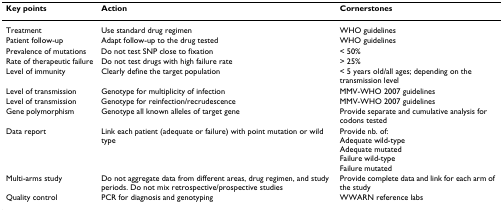
<table><thead><tr><td><b>Key points</b></td><td><b>Action</b></td><td><b>Cornerstones</b></td></tr></thead><tbody><tr><td>Treatment</td><td>Use standard drug regimen</td><td>WHO guidelines</td></tr><tr><td>Patient follow-up</td><td>Adapt follow-up to the drug tested</td><td>WHO guidelines</td></tr><tr><td>Prevalence of mutations</td><td>Do not test SNP close to fixation</td><td>&lt; 50%</td></tr><tr><td>Rate of therapeutic failure</td><td>Do not test drugs with high failure rate</td><td>&gt; 25%</td></tr><tr><td>Level of immunity</td><td>Clearly define the target population</td><td>&lt; 5 years old/all ages; depending on the transmission level</td></tr><tr><td>Level of transmission</td><td>Genotype for multiplicity of infection</td><td>MMV-WHO 2007 guidelines</td></tr><tr><td>Level of transmission</td><td>Genotype for reinfection/recrudescence</td><td>MMV-WHO 2007 guidelines</td></tr><tr><td>Gene polymorphism</td><td>Genotype all known alleles of target gene</td><td>Provide separate and cumulative analysis for codons tested</td></tr><tr><td>Data report</td><td>Link each patient (adequate or failure) with point mutation or wild type</td><td>Provide nb. of:Adequate wild-typeAdequate mutatedFailure wild-typeFailure mutated</td></tr><tr><td>Multi-arms study</td><td>Do not aggregate data from different areas, drug regimen, and study periods. Do not mix retrospective/prospective studies</td><td>Provide complete data and link for each arm of the study</td></tr><tr><td>Quality control</td><td>PCR for diagnosis and genotyping</td><td>WWARN reference labs</td></tr></tbody></table>